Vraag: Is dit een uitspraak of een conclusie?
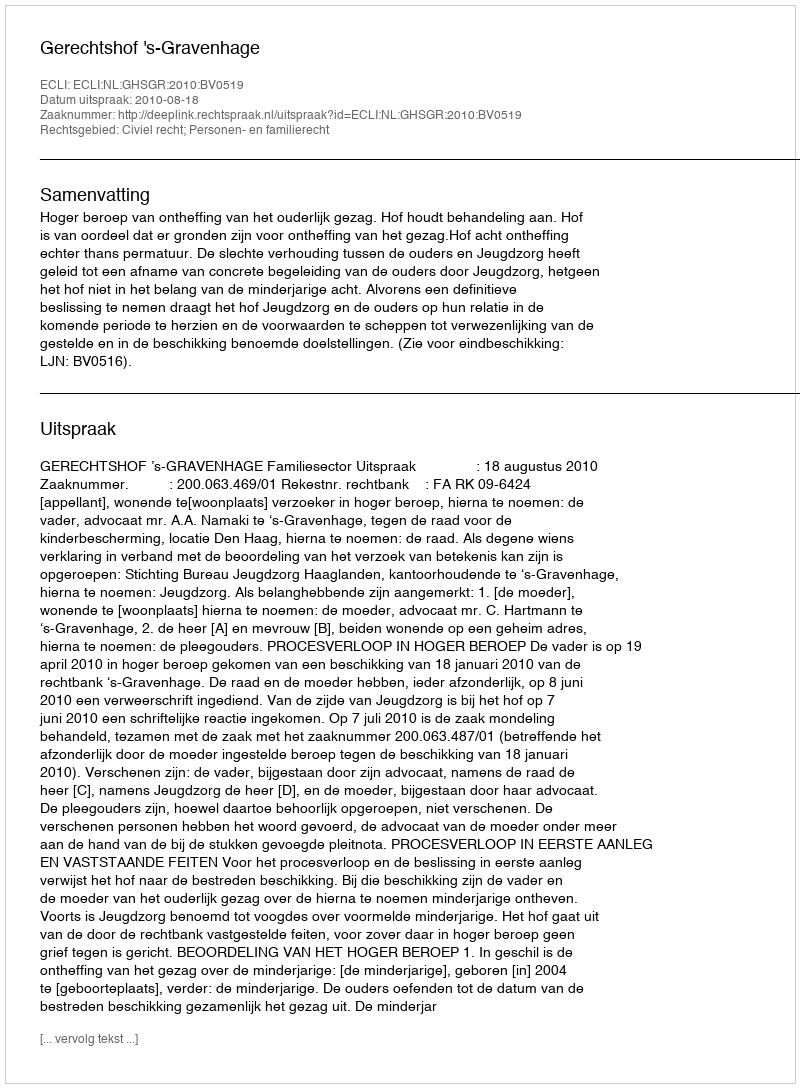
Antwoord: Uitspraak